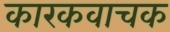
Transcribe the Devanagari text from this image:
कारकवाचक